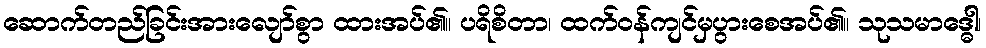
ဆောက်တည်ခြင်းအားလျော်စွာ ထားအပ်၏။ ပရိစိတာ၊ ထက်ဝန်ကျင်မှပွားစေအပ်၏။ သုသမာဒ္ဓေါ၊